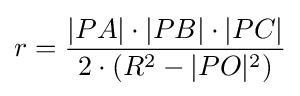
r={\frac {|PA|\cdot |PB|\cdot |PC|}{2\cdot (R^{2}-|PO|^{2})}}